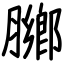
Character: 膷